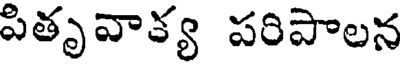
పితృవాక్య పరిపాలన